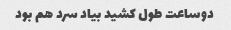
دوساعت طول کشید بیاد سرد هم بود